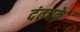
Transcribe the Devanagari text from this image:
दंतचक्रे